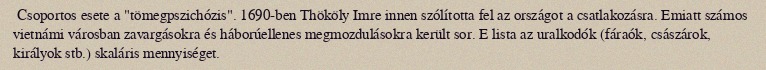
Csoportos esete a "tömegpszichózis". 1690-ben Thököly Imre innen szólította fel az országot a csatlakozásra. Emiatt számos vietnámi városban zavargásokra és háborúellenes megmozdulásokra került sor. E lista az uralkodók (fáraók, császárok, királyok stb.) skaláris mennyiséget.